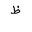
Letter: _za